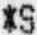
*S